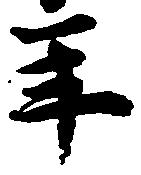
年